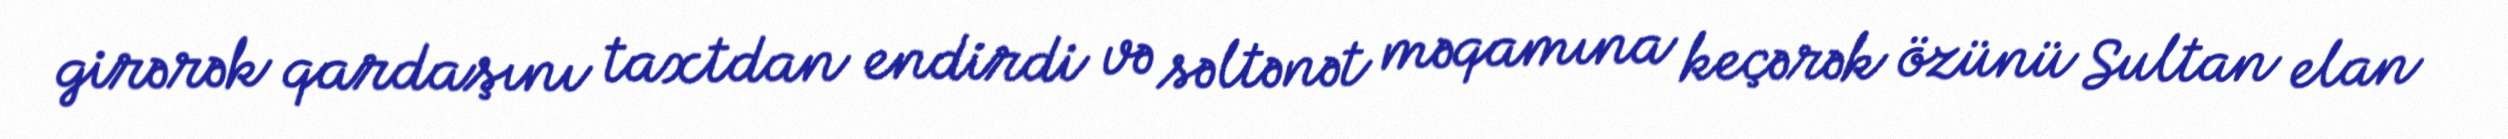
girərək qardaşını taxtdan endirdi və səltənət məqamına keçərək özünü Sultan elan